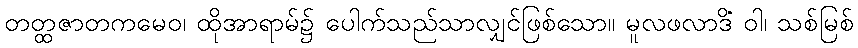
တတ္ထဇာတကမေဝ၊ ထိုအာရာမ်၌ ပေါက်သည်သာလျှင်ဖြစ်သော။ မူလဖလာဒိံ ဝါ၊ သစ်မြစ်